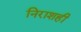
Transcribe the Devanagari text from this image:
निराशही